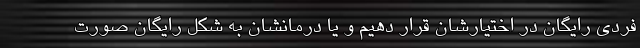
فردی رایگان در اختیارشان قرار دهیم و یا درمانشان به شکل رایگان صورت